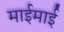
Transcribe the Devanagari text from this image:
माईमाई